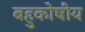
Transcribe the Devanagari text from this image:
बहुकोषीय